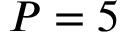
P = 5